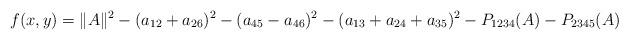
LaTeX: \begin{align*}f(x,y)=\|A\|^2-(a_{12}+a_{26})^2-(a_{45}-a_{46})^2-(a_{13}+a_{24}+a_{35})^2-P_{1234}(A)-P_{2345}(A)\end{align*}